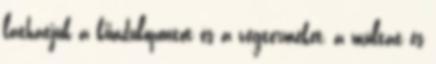
láthatjuk a kiindulópontot és a végterméket, a múltat és